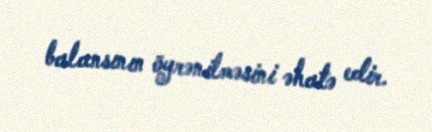
balansının öyrənilməsini əhatə edir.